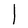
Character: l